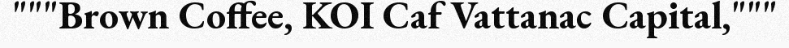
"""Brown Coffee, KOI Caf Vattanac Capital,"""